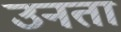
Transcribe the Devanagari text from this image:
उनता